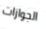
الجوازات